Leaving Certificate Examination, 1905
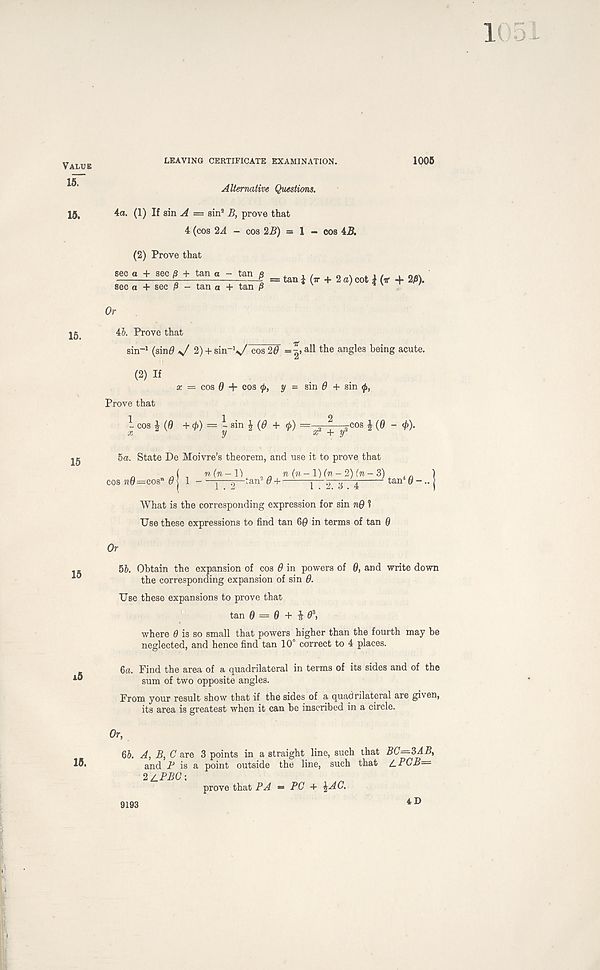
LEAVING CERTIFICATE EXAMINATION.
1005
Value
isT
15.
15.
15
15
i5
15.
Alternative Questions.
4a. (1) If sin A = sin 2 B, prove that
4 (cos 2A - cos 2B) = 1 - cos 45.
(2) Prove that
sec a + sec j 3 + tan a - tan p
sec a + sec | 3 - tan a + tan P = tani (tt + 2a)cot |(v + 2/S).
Or
4&. Prove that
sin- 1 (sin^ >/ 2) + sin~V cos 20 =|» all the angles being acute.
(2) If a: = cos 0 + cos 0, y = sin 0 + sin <f >,
Prove that
1 cos J (0 + ^) = l sin i (0 + tp) =- a; a ^,"y? cos “ ' />)•
5a. State De Moivre’s theorem, and use it to prove that
„ . ,( n
n(n-l)(n-2)(n-3)^ in )
os i?0=cos n 0 1 - ——tan 2 0 + —^ y~~ 2' “ 3 4 ' tan ® 1
What is the corresponding expression for sin nQ 1
Use these expressions to find tan 60 in terms of tan 0
Or
56. Obtain the expansion of cos 0 in powers of 0, and write down
the corresponding expansion of sin 0.
Use these expansions to prove that
tan 0 = 0 + i 0 3 ,
where Q is so small that powers higher than the fourth may be
neglected, and hence find tan 10° correct to 4 places.
6a. Find the area of a quadrilateral in terms of its sides and of the
sum of two opposite angles.
From your result show that if the sides of a quadrilateral are given,
its area is greatest when it can be inscribed in a circle.
Or,
. A, B, C are 3 points in a straight line, such that
and P is a point outside the line, such that
2S.PBC\ nrnve that PA = PC ■
BC—3AB,
a.pcb=
9193
4 D